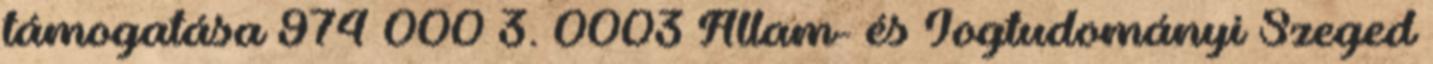
támogatása 974 000 3. 0003 Állam- és Jogtudományi Szeged